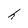
Character: H